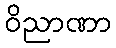
ဝိညာဏာ